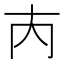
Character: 𡗚